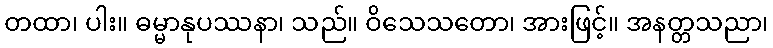
တထာ၊ ပါး။ ဓမ္မာနုပဿနာ၊ သည်။ ဝိသေသတော၊ အားဖြင့်။ အနတ္တသညာ၊